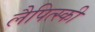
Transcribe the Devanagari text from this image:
लैपित्स्की